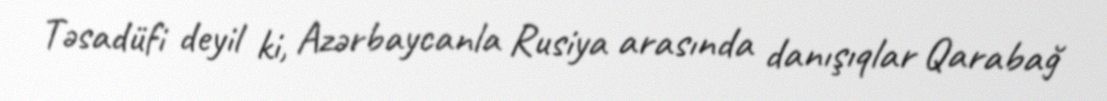
Təsadüfi deyil ki, Azərbaycanla Rusiya arasında danışıqlar Qarabağ